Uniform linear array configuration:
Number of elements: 64
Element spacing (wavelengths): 1
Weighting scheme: cosine
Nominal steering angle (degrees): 30
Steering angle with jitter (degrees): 29.56
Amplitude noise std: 0.05
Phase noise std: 0.05

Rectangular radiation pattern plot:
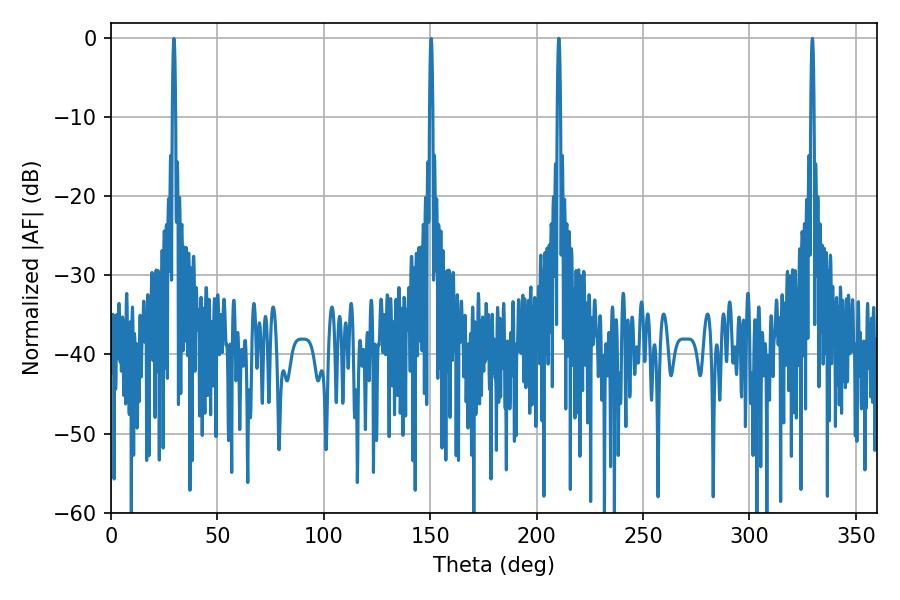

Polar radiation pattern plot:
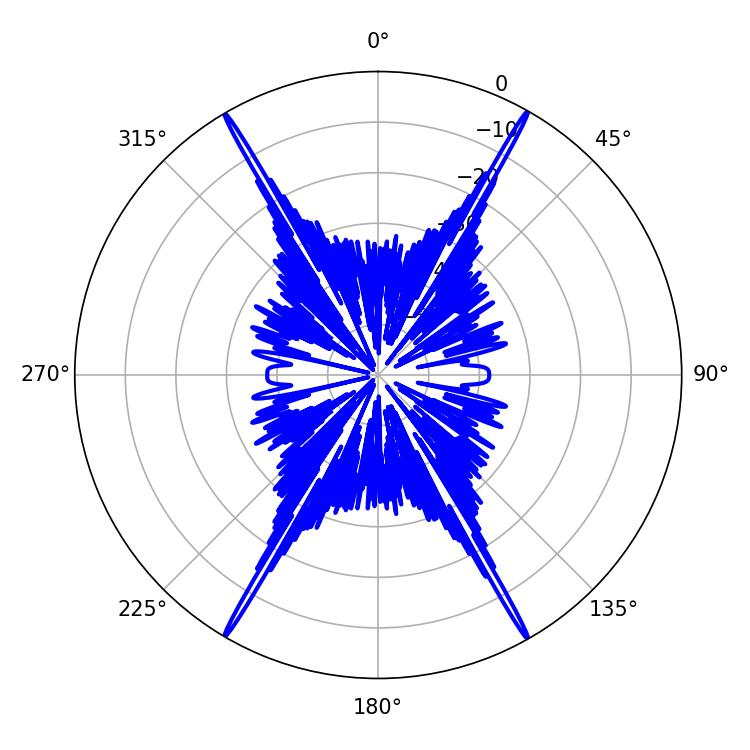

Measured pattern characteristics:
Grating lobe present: TRUE
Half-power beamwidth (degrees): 0.72
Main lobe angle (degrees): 210.42